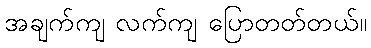
အချက်ကျ လက်ကျ ပြောတတ်တယ်။